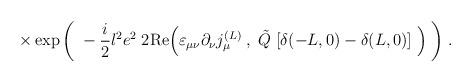
LaTeX: \begin{align*}\times\exp \bigg( \; -\frac{i}{2} l^2 e^2 \; 2 \mbox{Re}\Big( \varepsilon_{\mu \nu} \partial_\nu j^{(L)}_\mu \; , \; \tilde{Q} \;[ \delta(-L,0) - \delta(L,0) ] \; \Big) \; \bigg) \; .\end{align*}